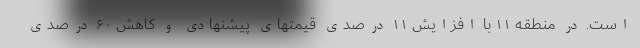
است. در منطقه ۱۱ با افزایش ۱۱ درصدی قیمتهای پیشنهادی و کاهش ۶۰ درصدی